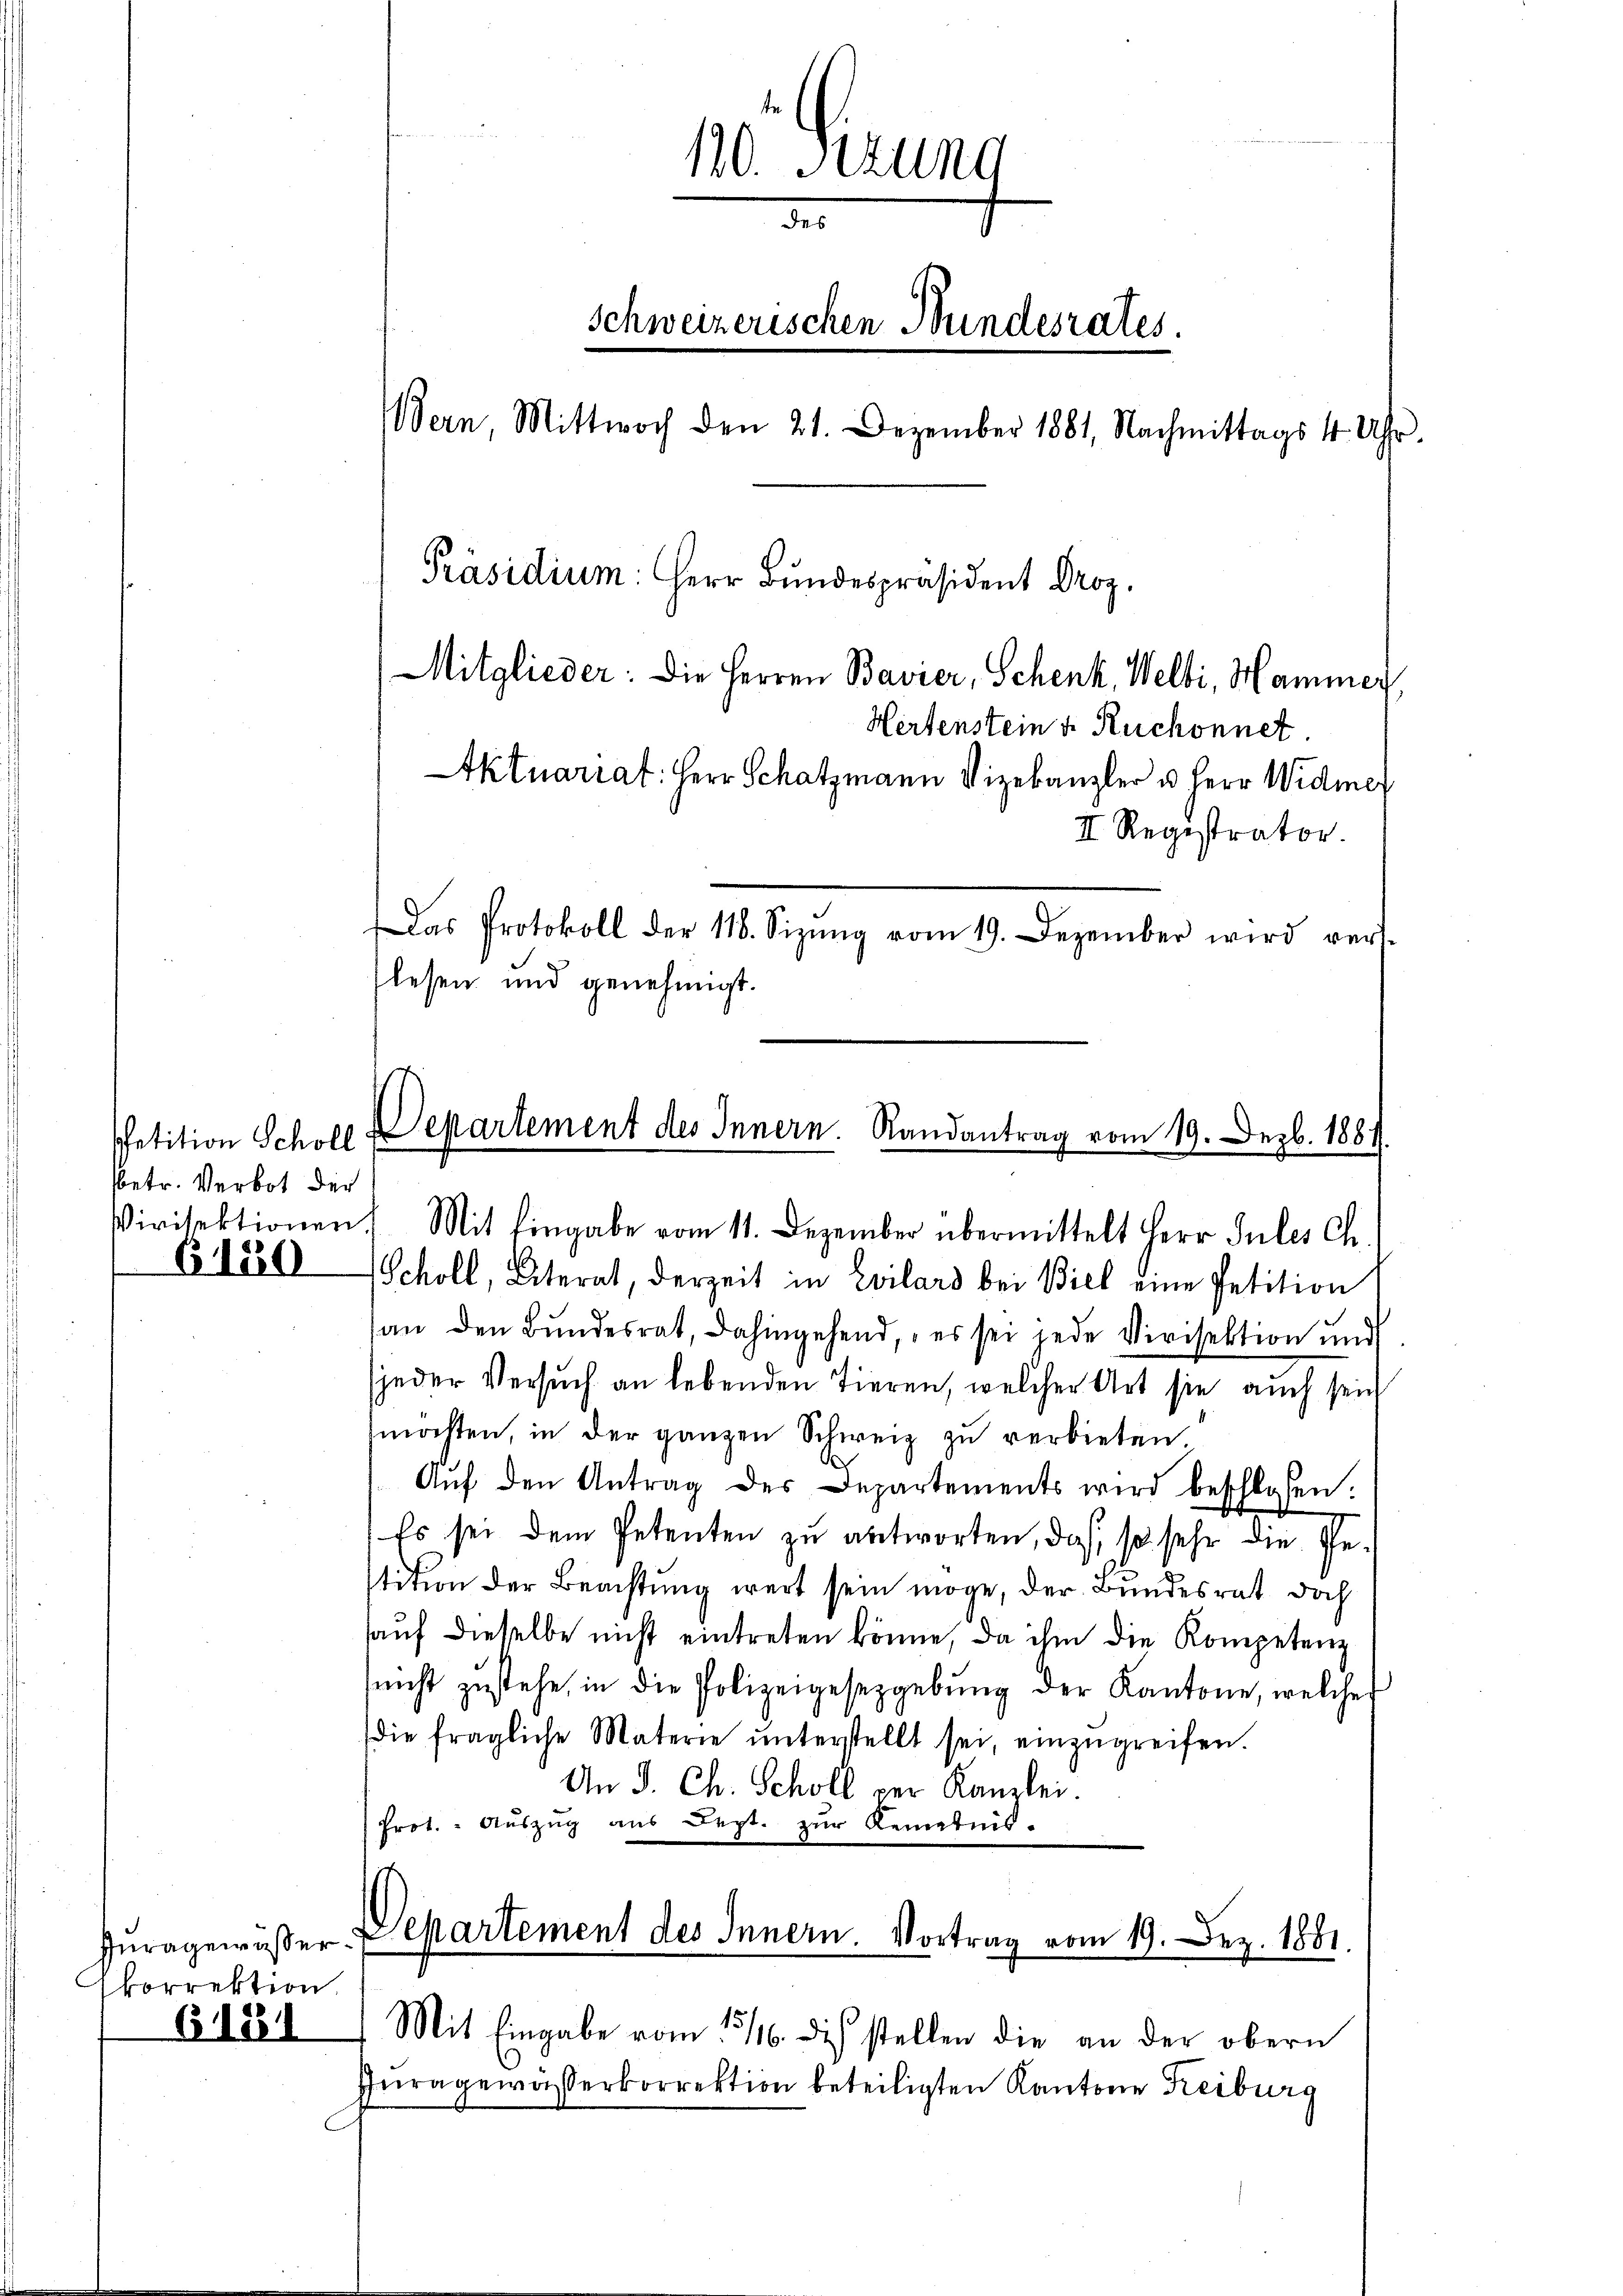
Petition Scholl
sbetr. Verbot der

B150

korrektion

611581

120. Sitzung
d
Schweizerischen Bundesrates.
ern, Mittwoch den 21. Dezember 1881, Nachmittags 4 Uhr.
Präsidium: Herr Bundespräsident Droz.
Mitglieder: Die Herren Bavier, Schenk, Welti, Hammer
Hertenstein u. Ruchonnet
Aktuariat: Herr Schatzmann Vizekanzler u Herr Widmer
II Registrator.
Das Protokoll der 118. Sizung vom 19. Dezember wird vert
lesen und genehmigt.

Scholl, Alterat, derzeit in Evilars bei Biel eine Petition
an den Bŭndesrat, dahingehend, es sei jede Virisektion und
jeder Versuch an lebenden Tieren, welcher Art sie auch sein
mochten, in der ganzen Schweiz zu verbieten.
Aŭf den Antrag des Departements wird beschlossen.
Es sei dem Petenten zu antworten, daß, so sehr die Gestition der Beachtung wert sein möge, der Bundesrat doch
hauf dieselbe nicht eintreten könne, da ihm die Kompetenz
nicht zŭstehe, in die Polizeigesetzgebŭng der Kantone, welche
die fragliche Materie ŭnterstellt sei, einzŭgreifen.
An J. Ch. Scholl der Kanzlei.
Prot. Aŭszŭg aŭs Sept. zŭr Kenntnis-

Departement des Innern. Randantrag vom 19. Dezb. 1881.
ivitektionen Mit Eingabe vom 11. Dezember übermittelt Herr Sules ch

Jŭragewißer Departement des Innern. Vortrag vom 19. Dez. 1881.

Mit Eingabe vom 13/16. dis stellen die an der obern
Iuragewässerkorrektion beteiligten Kantone Freiburg